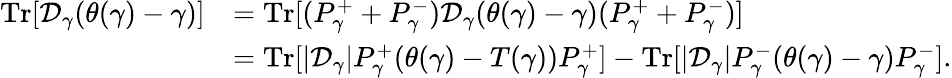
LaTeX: \begin{array}{rl}{{\mathrm{Tr}}[\mathcal D_{\gamma}(\theta(\gamma)-\gamma)]}&{={\mathrm{Tr}}[(P_{\gamma}^{+}+P_{\gamma}^{-})\mathcal D_{\gamma}(\theta(\gamma)-\gamma)(P_{\gamma}^{+}+P_{\gamma}^{-})]}\\ &{={\mathrm{Tr}}[|\mathcal D_{\gamma}|P_{\gamma}^{+}(\theta(\gamma)-T(\gamma))P_{\gamma}^{+}]-{\mathrm{Tr}}[|\mathcal D_{\gamma}|P_{\gamma}^{-}(\theta(\gamma)-\gamma)P_{\gamma}^{-}].}\end{array}